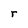
Character: r